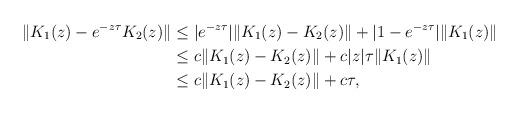
LaTeX: \begin{align*} \| K_1(z)-e^{-z\tau} K_2(z) \| &\le |e^{-z\tau}|\| K_1(z)-K_2(z) \| + |1-e^{-z\tau} |\|K_1(z)\| \\ & \le c\| K_1(z)-K_2(z) \| + c|z|\tau \|K_1(z)\|\\ & \le c\|K_1(z)-K_2(z)\| + c\tau,\end{align*}